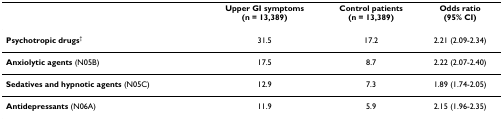
<table><thead><tr><td></td><td><b>Upper GI symptoms(n = 13,389)</b></td><td><b>Control patients(n = 13,389)</b></td><td><b>Odds ratio(95% CI)</b></td></tr></thead><tbody><tr><td><b>Psychotropic drugs</b><sup>†</sup></td><td>31.5</td><td>17.2</td><td>2.21 (2.09-2.34)</td></tr><tr><td><b>Anxiolytic agents </b>(N05B)</td><td>17.5</td><td>8.7</td><td>2.22 (2.07-2.40)</td></tr><tr><td><b>Sedatives and hypnotic agents </b>(N05C)</td><td>12.9</td><td>7.3</td><td>1.89 (1.74-2.05)</td></tr><tr><td><b>Antidepressants </b>(N06A)</td><td>11.9</td><td>5.9</td><td>2.15 (1.96-2.35)</td></tr></tbody></table>